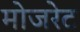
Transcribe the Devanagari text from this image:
मोजरेट